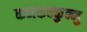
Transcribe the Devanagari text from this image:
कनकक्कुन्नु